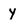
Character: y